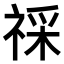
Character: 𥚖